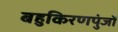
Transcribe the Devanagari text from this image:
बहुकिरणपुंजों